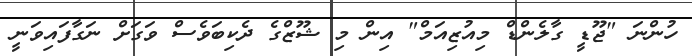
ހުންނަ "ޖޫޑީ ގާލެންޑް މިއުޒިއަމް" އިން މި ޝޫޒްގެ ދެކިބަވެސް ވަގަށް ނަގާފައިވަނީ